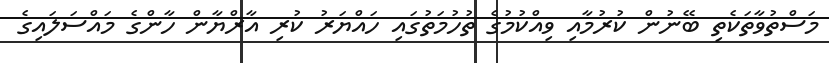
މަސްތުވާތަކެތި ބޭނުން ކުރުމާއި ވިއްކުމުގެ ތުހުމަތުގައި ހައްޔަރު ކުރި އާރްޔާން ހާންގެ މައްސަލައިގެ